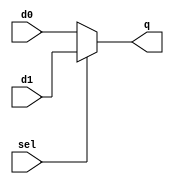
/*
This code implements a 2-to-1 multiplexer
that selects between the two inputs `d0`and
`d1` based on the value of the select signal
`sel`. When `sel` is high, the output `q`
takes on the value of `d1`, otherwise it takes
on the value of `d0`.
*/

module mux2x1 (input d0, input d1, input sel, output reg q);

always @* begin
    if (sel) begin
        q <= d1;
    end else begin
        q <= d0;
    end
end

endmodule